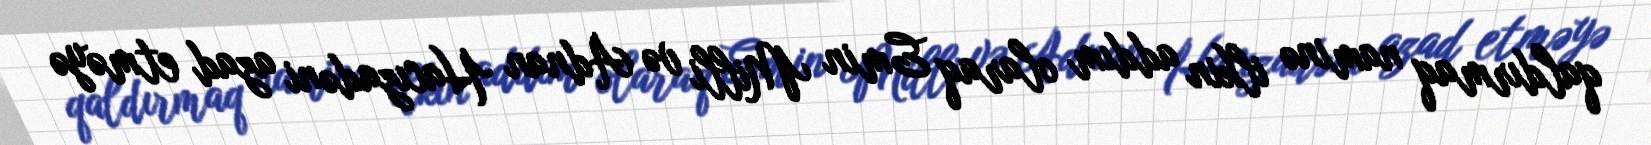
qaldırmaq naminə ilkin addım olaraq Emin Milli və Adnan Hacızadəni azad etməyə